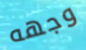
وجهه